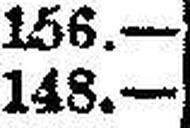
148.—